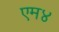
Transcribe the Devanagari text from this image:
एम४